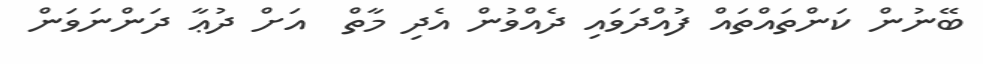
ބޭނުން ކަންތައްތައް ފުއްދަވައި ދެއްވުން އެދި މާތް  އަށް ދުޢާ ދަންނަވަން